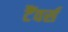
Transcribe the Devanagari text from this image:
टैंवर्स